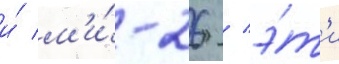
и́ м'и́-26 / э́т'и